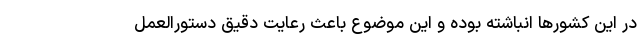
در این کشورها انباشته بوده و این موضوع باعث رعایت دقیق دستورالعمل